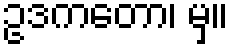
ဥဒကတော၊ မှ။